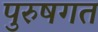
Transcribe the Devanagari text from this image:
पुरुषगत